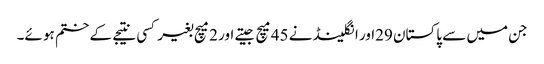
جن میں سے پاکستان 29اور انگلینڈ نے 45میچ جیتے اور 2میچ بغیر کسی نتیجے کے ختم ہو ئے۔